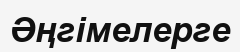
Әңгімелерге